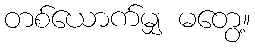
တစ်ယောက်မျှ မတွေ့။